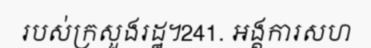
របស់ក្រសួងរដ្ឋ។241. អង្គការសហ